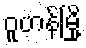
ဝူဟန်မြို့